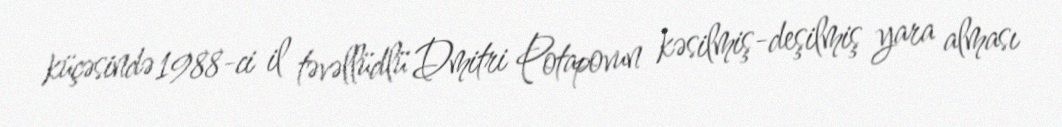
küçəsində 1988-ci il təvəllüdlü Dmitri Potapovun kəsilmiş-deşilmiş yara alması